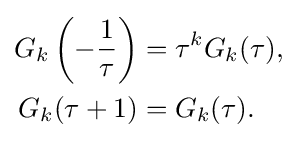
{\begin{aligned}G_{k}\left(-{\frac {1}{\tau }}\right)&=\tau ^{k}G_{k}(\tau ),\\G_{k}(\tau +1)&=G_{k}(\tau ).\end{aligned}}